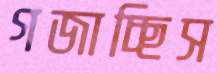
গজাচ্ছিস